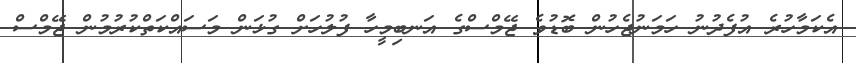
އެކަމާހުރެ އުފެދުނު ހަމަނުޖެހުން ބޮޑުވެ ޖޭމްސްގެ އަނބިމީހާ ފުލުހަށް ގުޅަން މަސައްކަތްކުރުމުން ޖޭމްސް